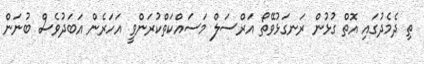
ތި ދެމެދުގައި އޮތް ގުޅުން ރަނގަޅުވޭތޯ އަރްސަލް މަސައްކަތްކުރަންވީ އަހަރެން އަބަދުވެސް ބުނަން